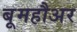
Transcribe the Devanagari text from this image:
बूमहौअर